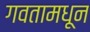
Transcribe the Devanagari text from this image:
गवतामधून